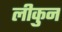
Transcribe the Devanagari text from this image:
लीकुन